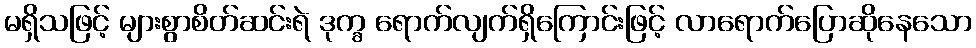
မရှိသဖြင့် များစွာစိတ်ဆင်းရဲ ဒုက္ခ ရောက်လျက်ရှိကြောင်းဖြင့် လာရောက်ပြောဆိုနေသော